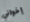
إخواني